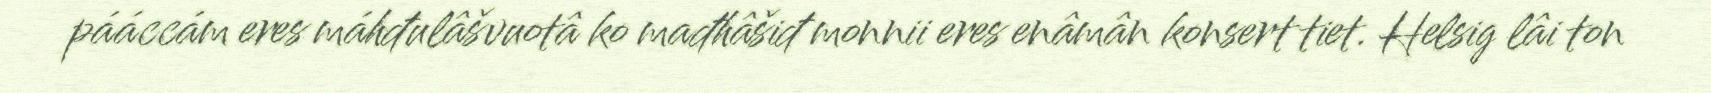
pááccám eres máhđulâšvuotâ ko mađhâšiđ monnii eres enâmân konsert tiet. Helsig lâi ton